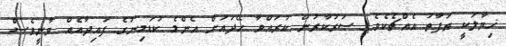
ޚިޔާލަކީ ތަފާތު އެއްޗެކެވެ.) ސަރުކާރުން ކުރައްވާ ހޭދައަށް އެންމެ ކުޑަމިނުގެ ފައިދާއެއް ވާނީވެސް